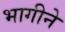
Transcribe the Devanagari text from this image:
भागीने